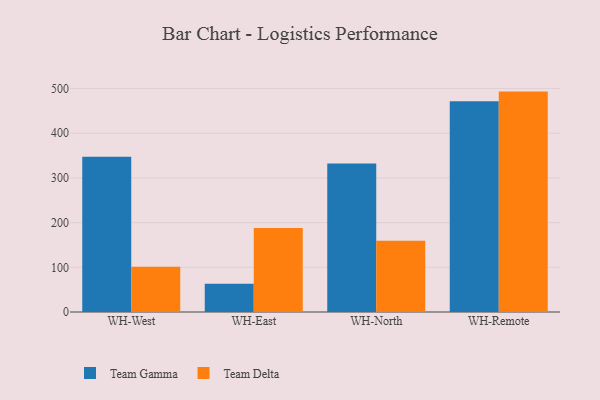
{"axis": {"x": "Warehouse", "y": "Headcount"}, "legend": ["Team Delta", "Team Gamma"], "data": [{"x": "WH-West", "y": 347.1, "type": "Team Gamma"}, {"x": "WH-West", "y": 101.1, "type": "Team Delta"}, {"x": "WH-East", "y": 63.3, "type": "Team Gamma"}, {"x": "WH-East", "y": 188.1, "type": "Team Delta"}, {"x": "WH-North", "y": 332.2, "type": "Team Gamma"}, {"x": "WH-North", "y": 159.3, "type": "Team Delta"}, {"x": "WH-Remote", "y": 471.3, "type": "Team Gamma"}, {"x": "WH-Remote", "y": 493.1, "type": "Team Delta"}]}